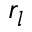
r _ { l }